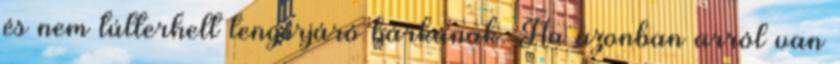
és nem túlterhelt tengerjáró bárkának. Ha azonban arról van